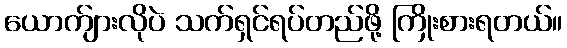
ယောက်ျားလိုပဲ သက်ရှင်ရပ်တည်ဖို့ ကြိုးစားရတယ်။